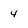
Character: 4